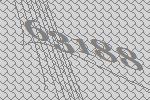
63188